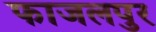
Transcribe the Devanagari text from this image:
फाजलपुर